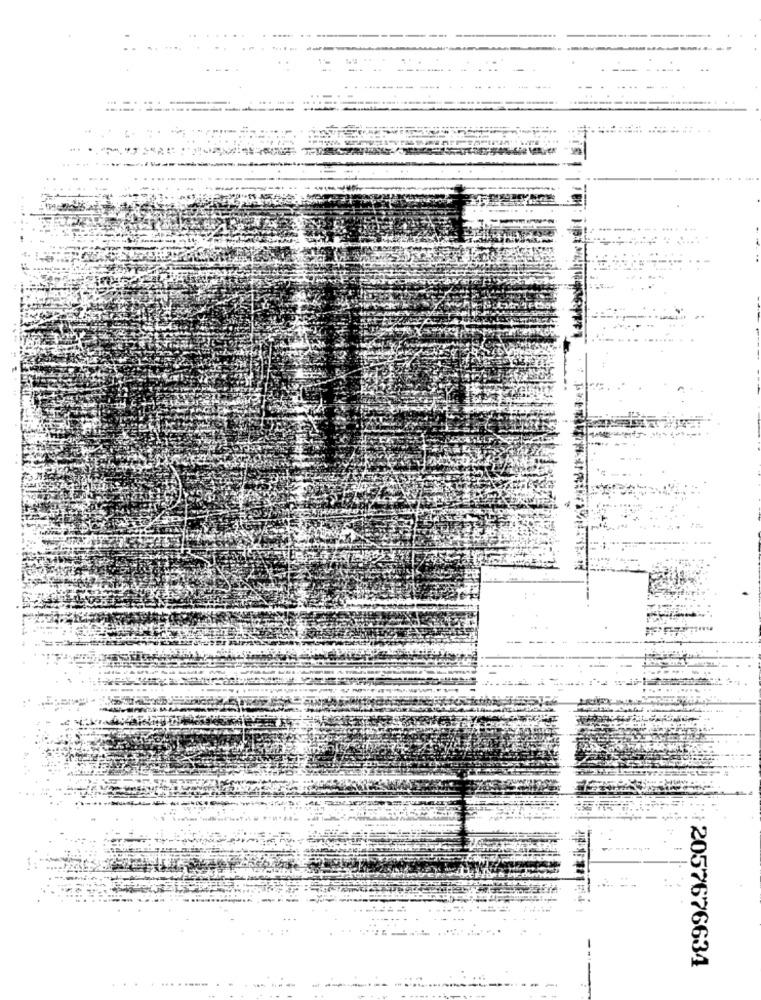
2057676634